Scottish Leaving Certificate Examination, 1959
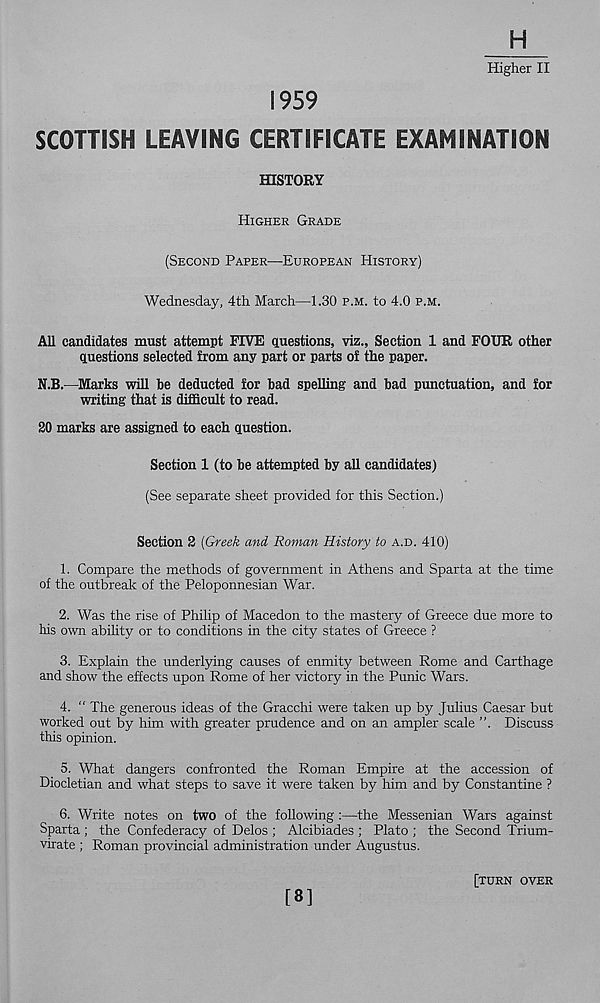
Higher II
1959
SCOTTISH LEAVING CERTIFICATE EXAMINATION
HISTORY
HIGHER GRADE
(SECOND PAPER—EUROPEAN HISTORY)
Wednesday, 4th March—1.30 P.M. to 4.0 P.M.
All candidates must attempt FIVE questions, viz., Section 1 and FOUR other
questions selected from any part or parts of the paper.
N.B.—Marks will be deducted for bad spelling and bad punctuation, and for
writing that is difficult to read.
20 marks are assigned to each question.
Section 1 (to be attempted by all candidates)
(See separate sheet provided for this Section.)
Section 2 {Greek and Roman History to A.D. 410)
1. Compare the methods of government in Athens and Sparta at the time
of the outbreak of the Peloponnesian War.
2. Was the rise of Philip of Macedon to the mastery of Greece due more to
his own ability or to conditions in the city states of Greece ?
3. Explain the underlying causes of enmity between Rome and Carthage
and show the effects upon Rome of her victory in the Punic Wars.
4. “ The generous ideas of the Gracchi were taken up by Julius Caesar but
worked out by him with greater prudence and on an ampler scale ”. Discuss
this opinion.
5. What dangers confronted the Roman Empire at the accession of
Diocletian and what steps to save it were taken by him and by Constantine ?
6. Write notes on two of the following:—the Messenian Wars against
Sparta ; the Confederacy of Delos ; Alcibiades ; Plato ; the Second Trium-
virate ; Roman provincial administration under Augustus.
[8]
[TURN OVER